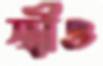
স্ত্রীও